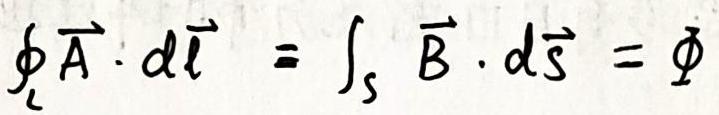
$\oint_{L} \vec{A} \cdot d \vec{l}=\int_{S} \vec{B} \cdot d \vec{S}=\varPhi$